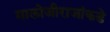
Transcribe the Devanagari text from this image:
मालोजीराजांकडे